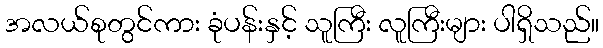
အလယ်စုတွင်ကား ခုံပန်းနှင့် သူကြီး လူကြီးများ ပါရှိသည်။